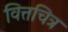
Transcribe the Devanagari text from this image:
वित्तचित्र